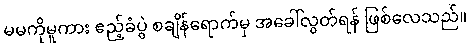
မမကိုမူကား ဧည့်ခံပွဲ စချိန်ရောက်မှ အခေါ်လွတ်ရန် ဖြစ်လေသည်။